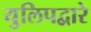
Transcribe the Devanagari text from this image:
युलिपद्वारे